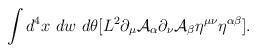
LaTeX: \begin{align*}\int d^4x~dw~d\theta [L^2 \partial_{\mu} {\cal A}_{\alpha} \partial_{\nu} {\cal A}_{\beta} \eta^{\mu \nu} \eta^{\alpha\beta}].\end{align*}